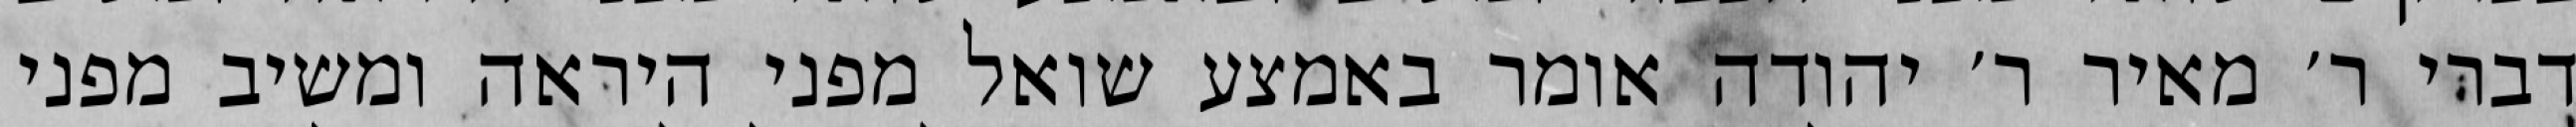
דברי ר׳ מאיר ר׳ יהודה אומר באמצע שואל מפני היראה ומשיב מפני